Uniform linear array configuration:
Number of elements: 12
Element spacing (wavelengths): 0.5
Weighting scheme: hann
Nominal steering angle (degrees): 30
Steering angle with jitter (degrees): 31.368
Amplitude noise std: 0.05
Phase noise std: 0.05

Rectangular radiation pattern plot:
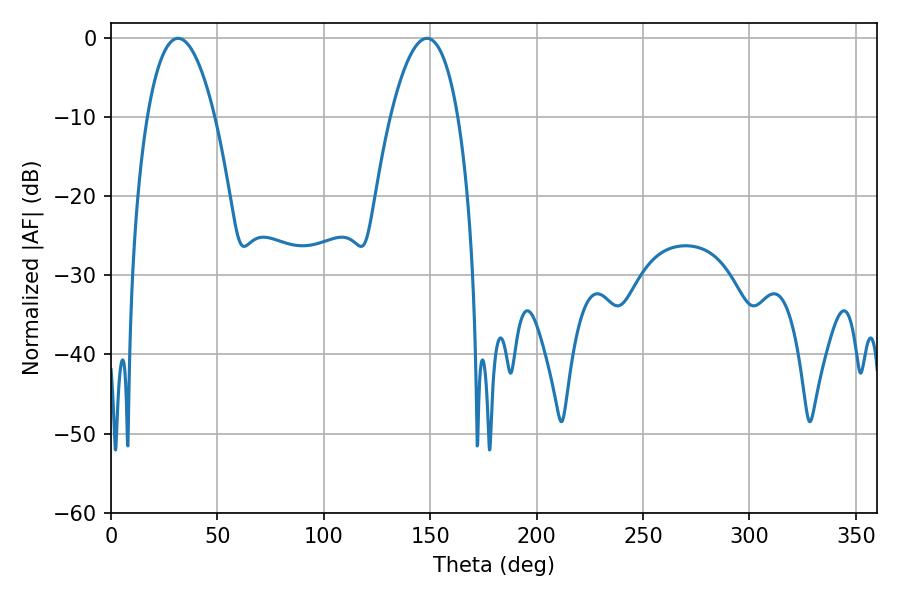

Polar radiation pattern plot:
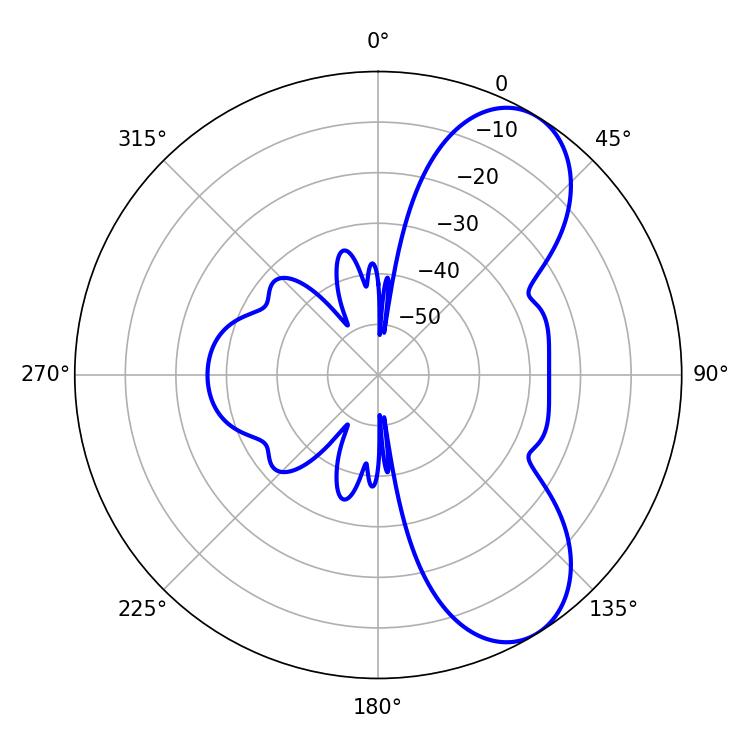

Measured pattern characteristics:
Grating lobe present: FALSE
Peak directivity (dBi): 7.586
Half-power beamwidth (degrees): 17.46
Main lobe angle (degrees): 31.5